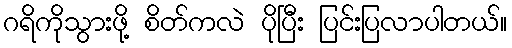
ဂရိကိုသွားဖို့ စိတ်ကလဲ ပိုပြီး ပြင်းပြလာပါတယ်။